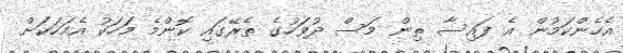
އެހެންކަމުން އެ ފައިސާ ތިން މަސް ދުވަހުގެ ތެރޭގައި ކޮންމެ މަހަކު އެމަހަކަށް